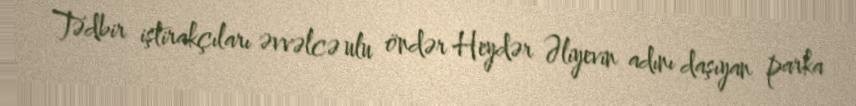
Tədbir iştirakçıları əvvəlcə ulu öndər Heydər Əliyevin adını daşıyan parka